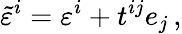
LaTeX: \tilde{\varepsilon}^{i}=\varepsilon^{i}+t^{ij}e_{j}\, ,